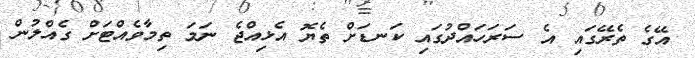
އޭގެ ތެރޭގައި އެ ސަރަހައްދުގައި ކަނޑަށް ތެޔޮ އެޅިއްޖެ ނަމަ ތިމާވެއްޓަށް ގެއްލުން